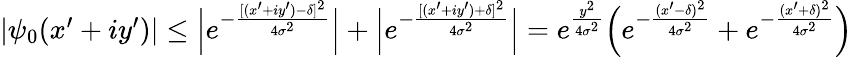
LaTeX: \begin{array}{r}{|\psi_{0}(x^{\prime}+iy^{\prime})|\leq\Big|e^{-\frac{[(x^{\prime}+iy^{\prime})-\delta]^{2}}{4\sigma^{2}}}\Big|+\Big|e^{-\frac{[(x^{\prime}+iy^{\prime})+\delta]^{2}}{4\sigma^{2}}}\Big|=e^{\frac{y^{2}}{4\sigma^{2}}}\Big(e^{-\frac{(x^{\prime}-\delta)^{2}}{4\sigma^{2}}}+e^{-\frac{(x^{\prime}+\delta)^{2}}{4\sigma^{2}}}\Big)}\end{array}